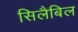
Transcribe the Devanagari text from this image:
सिलैबिल